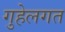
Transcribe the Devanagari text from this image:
गुहेलगत